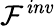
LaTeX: \mathcal{F}^{\mathit{{inv}}}